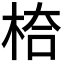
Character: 𭪅